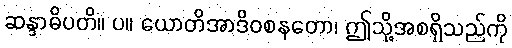
ဆန္ဒာဓိပတိ။ ပ။ ယောတိအာဒိဝစနတော၊ ဤသို့အစရှိသည်ကို